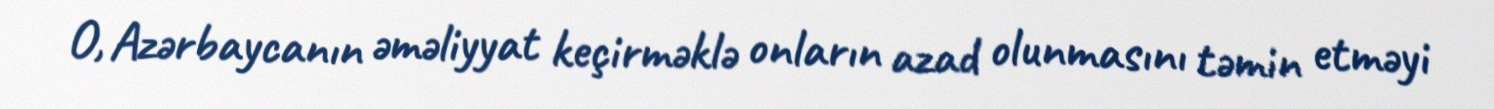
O, Azərbaycanın əməliyyat keçirməklə onların azad olunmasını təmin etməyi